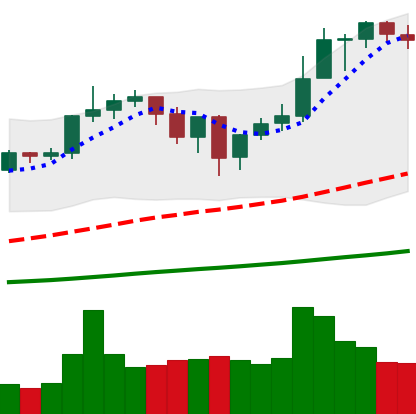
Ticker: ETH-USD
Chart end date: 2021-01-01
Forward return: 65.275%
Label: up_7plus